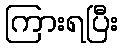
ကြားရပြီး